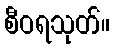
စီဝရသုတ်။